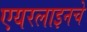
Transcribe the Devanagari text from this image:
एयरलाइनचे